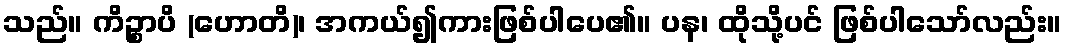
သည်။ ကိဉ္စာပိ (ဟောတိ)၊ အကယ်၍ကားဖြစ်ပါပေ၏။ ပန၊ ထိုသို့ပင် ဖြစ်ပါသော်လည်း။